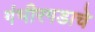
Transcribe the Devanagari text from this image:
गंभीरगडाचे